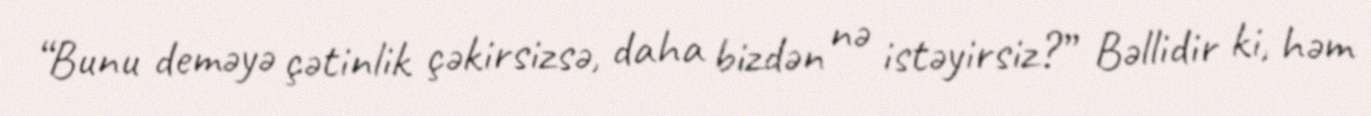
“Bunu deməyə çətinlik çəkirsizsə, daha bizdən nə istəyirsiz?” Bəllidir ki, həm